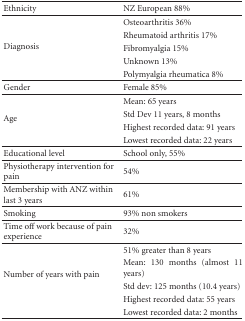
<table><thead><tr><td><b>Ethnicity</b></td><td><b>NZ European 88%</b></td></tr></thead><tbody><tr><td rowspan="5">Diagnosis</td><td>Osteoarthritis 36%</td></tr><tr><td>Rheumatoid arthritis 17%</td></tr><tr><td>Fibromyalgia 15%</td></tr><tr><td>Unknown 13%</td></tr><tr><td>Polymyalgia rheumatica 8%</td></tr><tr><td>Gender</td><td>Female 85%</td></tr><tr><td rowspan="4">Age</td><td>Mean: 65 years</td></tr><tr><td>Std Dev 11 years, 8 months</td></tr><tr><td>Highest recorded data: 91 years</td></tr><tr><td>Lowest recorded data: 22 years</td></tr><tr><td>Educational level</td><td>School only, 55%</td></tr><tr><td>Physiotherapy intervention for pain</td><td>54%</td></tr><tr><td>Membership with ANZ within last 3 years</td><td>61%</td></tr><tr><td>Smoking</td><td>93% non smokers</td></tr><tr><td>Time off work because of pain experience</td><td>32%</td></tr><tr><td rowspan="5">Number of years with pain</td><td>51% greater than 8 years</td></tr><tr><td>Mean: 130 months (almost 11 years)</td></tr><tr><td>Std dev: 125 months (10.4 years)</td></tr><tr><td>Highest recorded data: 55 years</td></tr><tr><td>Lowest recorded data: 2 months</td></tr></tbody></table>